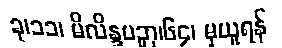
ခု၊၁၁၊ မိလိန္ဒပဉှာ၊၆၄၊ မှယူရန်